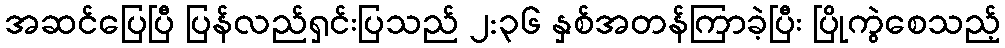
အဆင်ပြေပြီ ပြန်လည်ရှင်းပြသည် ၂:၃၆ နှစ်အတန်ကြာခဲ့ပြီး ပြိုကွဲစေသည့်